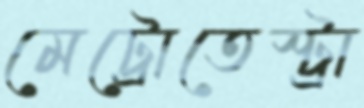
মেট্রোতেস্ট্রা